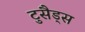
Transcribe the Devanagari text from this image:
टुसैड्स